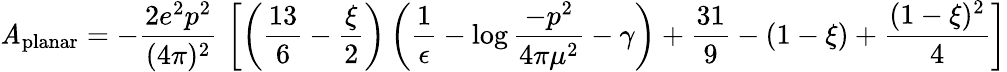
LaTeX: \mathit{A}_{\mathrm{{planar}}}=-{\frac{{2e^{2}p^{2}}}{{(4\pi)^{2}}}}\, \left[\left({\frac{{13}}{{6}}}-{\frac{{\xi}}{{2}}}\right)\left({\frac{{1}}{{\epsilon}}}-\log{\frac{{-p^{2}}}{{4\pi\mu^{2}}}}-\gamma\right)+{\frac{{31}}{{9}}}-(1-\xi)+{\frac{{(1-\xi)^{2}}}{{4}}}\right]